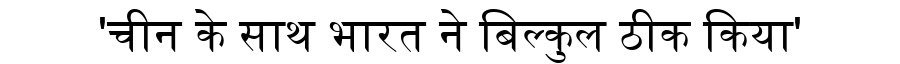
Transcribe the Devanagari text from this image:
'चीन के साथ भारत ने बिल्कुल ठीक किया'